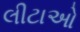
લીટાઓ